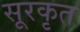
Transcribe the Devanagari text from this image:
सूरकृत